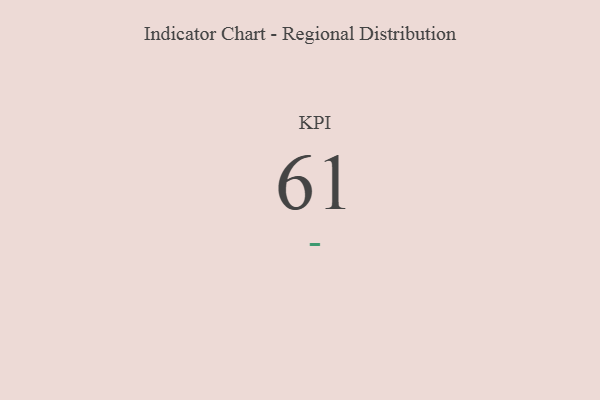
{"axis": {"x": "KPI", "y": "Value"}, "legend": [""], "data": [{"x": "KPI", "y": 61, "type": ""}]}